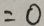
= 0